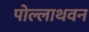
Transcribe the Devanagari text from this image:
पोल्लाथवन